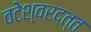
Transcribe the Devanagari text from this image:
वटेश्वरदत्त